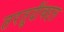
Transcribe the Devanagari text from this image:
तरतुदींबद्दल